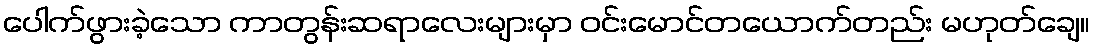
ပေါက်ဖွားခဲ့သော ကာတွန်းဆရာလေးများမှာ ဝင်းမောင်တယောက်တည်း မဟုတ်ချေ။